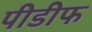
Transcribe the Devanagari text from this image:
पीडीफ